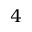
4